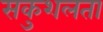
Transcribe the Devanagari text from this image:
सकुशलता